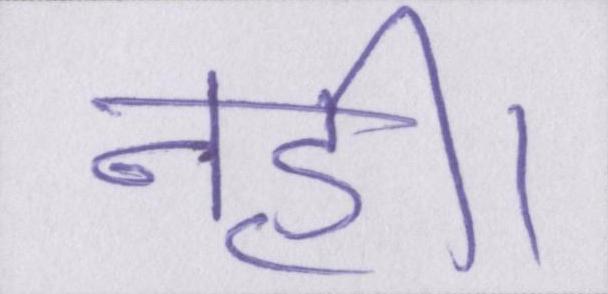
नही।